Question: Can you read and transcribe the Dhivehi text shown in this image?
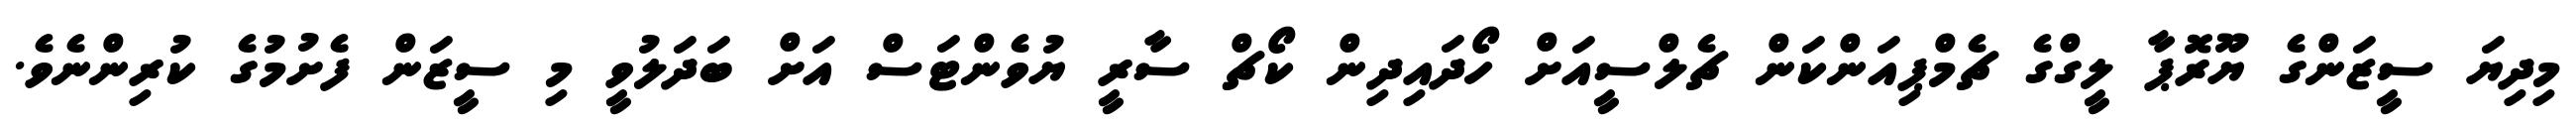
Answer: މިދިޔަ ސީޒަންގެ ޔޫރޮޕާ ލީގްގެ ޗެމްޕިއަންކަން ޗެލްސީއަށް ހޯދައިދިން ކޯޗް ސާރީ ޔުވެންޓަސް އަށް ބަދަލުވީ މި ސީޒަން ފެށުމުގެ ކުރިންނެވެ.